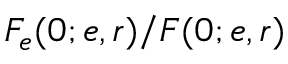
F _ { e } ( 0 ; e , r ) / F ( 0 ; e , r )